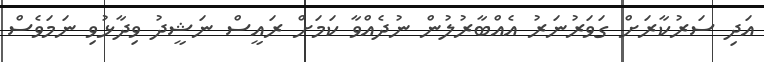
އަދި ސަރުކާރަށް ގަވަރުނަރު އެއްބާރުލުން ނުދެއްވާ ކަމަށް ރައީސް ނަޝީދު ވިދާޅުވި ނަމަވެސް